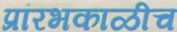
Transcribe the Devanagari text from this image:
प्रांरभकाळीच